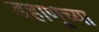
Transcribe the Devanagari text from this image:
डहाणूच्या